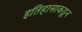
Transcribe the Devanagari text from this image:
इतिहासाकडून